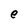
Character: e